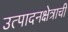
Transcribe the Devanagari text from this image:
उत्पादनक्षेत्राची